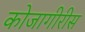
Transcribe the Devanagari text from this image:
कोजागीरीस